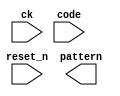
// This program was cloned from: https://github.com/MiSTeX-devel/MiSTeX-ports
// License: BSD 3-Clause "New" or "Revised" License

// (C) 2001-2023 Intel Corporation. All rights reserved.
// Your use of Intel Corporation's design tools, logic functions and other 
// software and tools, and its AMPP partner logic functions, and any output 
// files from any of the foregoing (including device programming or simulation 
// files), and any associated documentation or information are expressly subject 
// to the terms and conditions of the Intel Program License Subscription 
// Agreement, Intel FPGA IP License Agreement, or other applicable 
// license agreement, including, without limitation, that your use is for the 
// sole purpose of programming logic devices manufactured by Intel and sold by 
// Intel or its authorized distributors.  Please refer to the applicable 
// agreement for further details.



`timescale 1 ps / 1 ps

module rw_manager_data_decoder(
	ck, 
	reset_n, 
	code, 
	pattern
);

	parameter DATA_WIDTH 		= "";
	parameter AFI_RATIO 		= "";

	input ck;
	input reset_n;
	input [3:0] code;
	output [2 * DATA_WIDTH * AFI_RATIO - 1 : 0] pattern;

	reg [3:0] code_R;

	always @(posedge ck or negedge reset_n) begin
		if(~reset_n) begin
			code_R <= 4'b0000;
		end
		else begin
			code_R <= code;
		end
	end

	genvar j;
	generate
		for(j = 0; j < DATA_WIDTH; j = j + 1)
		begin : bit_pattern
			if(j % 2 == 0) begin
				assign pattern[j] = code_R[3];
				assign pattern[j + DATA_WIDTH] = code_R[2];
				if (AFI_RATIO == 2) begin
					assign pattern[j + 2 * DATA_WIDTH] = code_R[3] ^ code_R[1];
					assign pattern[j + 3 * DATA_WIDTH] = code_R[2] ^ code_R[1];
				end else if (AFI_RATIO == 4) begin 
					assign pattern[j + 2 * DATA_WIDTH] = code_R[3] ^ code_R[1];
					assign pattern[j + 3 * DATA_WIDTH] = code_R[2] ^ code_R[1];
					assign pattern[j + 4 * DATA_WIDTH] = code_R[3];
					assign pattern[j + 5 * DATA_WIDTH] = code_R[2];
					assign pattern[j + 6 * DATA_WIDTH] = code_R[3] ^ code_R[1];
					assign pattern[j + 7 * DATA_WIDTH] = code_R[2] ^ code_R[1];
				end
			end
			else begin
				assign pattern[j] = code_R[3] ^ code_R[0];
				assign pattern[j + DATA_WIDTH] = code_R[2] ^ code_R[0];
				if (AFI_RATIO == 2) begin
					assign pattern[j + 2 * DATA_WIDTH] = code_R[3] ^ code_R[1] ^ code_R[0];
					assign pattern[j + 3 * DATA_WIDTH] = code_R[2] ^ code_R[1] ^ code_R[0];
				end else if (AFI_RATIO == 4) begin 
					assign pattern[j + 2 * DATA_WIDTH] = code_R[3] ^ code_R[1] ^ code_R[0];
					assign pattern[j + 3 * DATA_WIDTH] = code_R[2] ^ code_R[1] ^ code_R[0];
					assign pattern[j + 4 * DATA_WIDTH] = code_R[3] ^ code_R[0];
					assign pattern[j + 5 * DATA_WIDTH] = code_R[2] ^ code_R[0];
					assign pattern[j + 6 * DATA_WIDTH] = code_R[3] ^ code_R[1] ^ code_R[0];
					assign pattern[j + 7 * DATA_WIDTH] = code_R[2] ^ code_R[1] ^ code_R[0];
				end
			end
		end
	endgenerate

endmodule